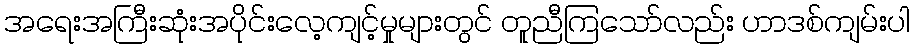
အရေးအကြီးဆုံးအပိုင်းလေ့ကျင့်မှုများတွင် တူညီကြသော်လည်း ဟာဒစ်ကျမ်းပါ